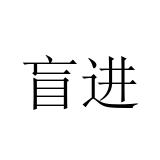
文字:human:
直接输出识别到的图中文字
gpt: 盲进